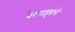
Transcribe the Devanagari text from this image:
बेरनाइसचे